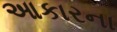
આકારના